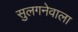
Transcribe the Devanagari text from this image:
सुलगनेवाला